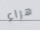
هراء